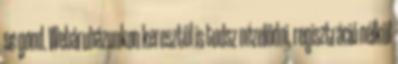
se gond. Webáruházunkon keresztül is tudsz nézelődni, regisztráció nélkül